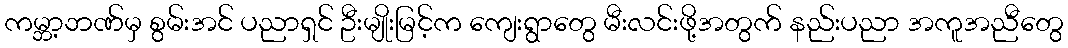
ကမ္ဘာ့ဘဏ်မှ စွမ်းအင် ပညာရှင် ဦးမျိုးမြင့်က ကျေးရွာတွေ မီးလင်းဖို့အတွက် နည်းပညာ အကူအညီတွေ